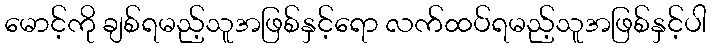
မောင့်ကို ချစ်ရမည့်သူအဖြစ်နှင့်ရော လက်ထပ်ရမည့်သူအဖြစ်နှင့်ပါ